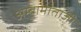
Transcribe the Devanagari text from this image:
अम्बामाताजी